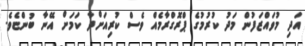
އަދި މުވައްޒަފުން މަދު ކުރުމުގެ ޕްރޮގްރާމެއް ވެސް ކުރިއަށްދާ ކަމަށް އޭނާ ބުންޏެވެ.